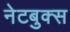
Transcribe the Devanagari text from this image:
नेटबुक्स